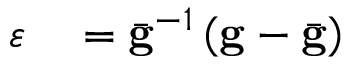
\begin{array} { r l } { \boldsymbol { \varepsilon } } & { { } = \bar { \bf g } ^ { - 1 } \left( { \bf g } - \bar { \bf g } \right) } \end{array}